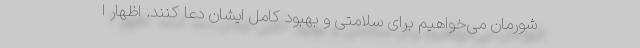
شورمان می‌خواهیم برای سلامتی و بهبود کامل ایشان دعا کنند. اظهار ا